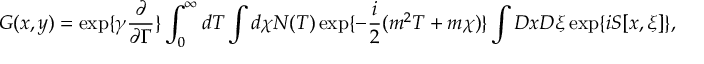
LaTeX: G ( x , y ) = \exp \{ \gamma \frac { \partial } { \partial \Gamma } \} \int _ { 0 } ^ { \infty } d T \int d \chi { \cal N } ( T ) \exp \{ - \frac { i } { 2 } ( m ^ { 2 } T + m \chi ) \} \int D x D \xi \exp \{ i S [ x , \xi ] \} ,